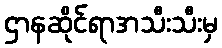
ဌာနဆိုင်ရာအသီးသီးမှ